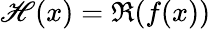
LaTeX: \mathscr{H}(x)=\Re{(f(x))}